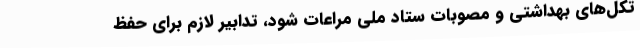
تکل‌های بهداشتی و مصوبات ستاد ملی مراعات شود، تدابیر لازم برای حفظ